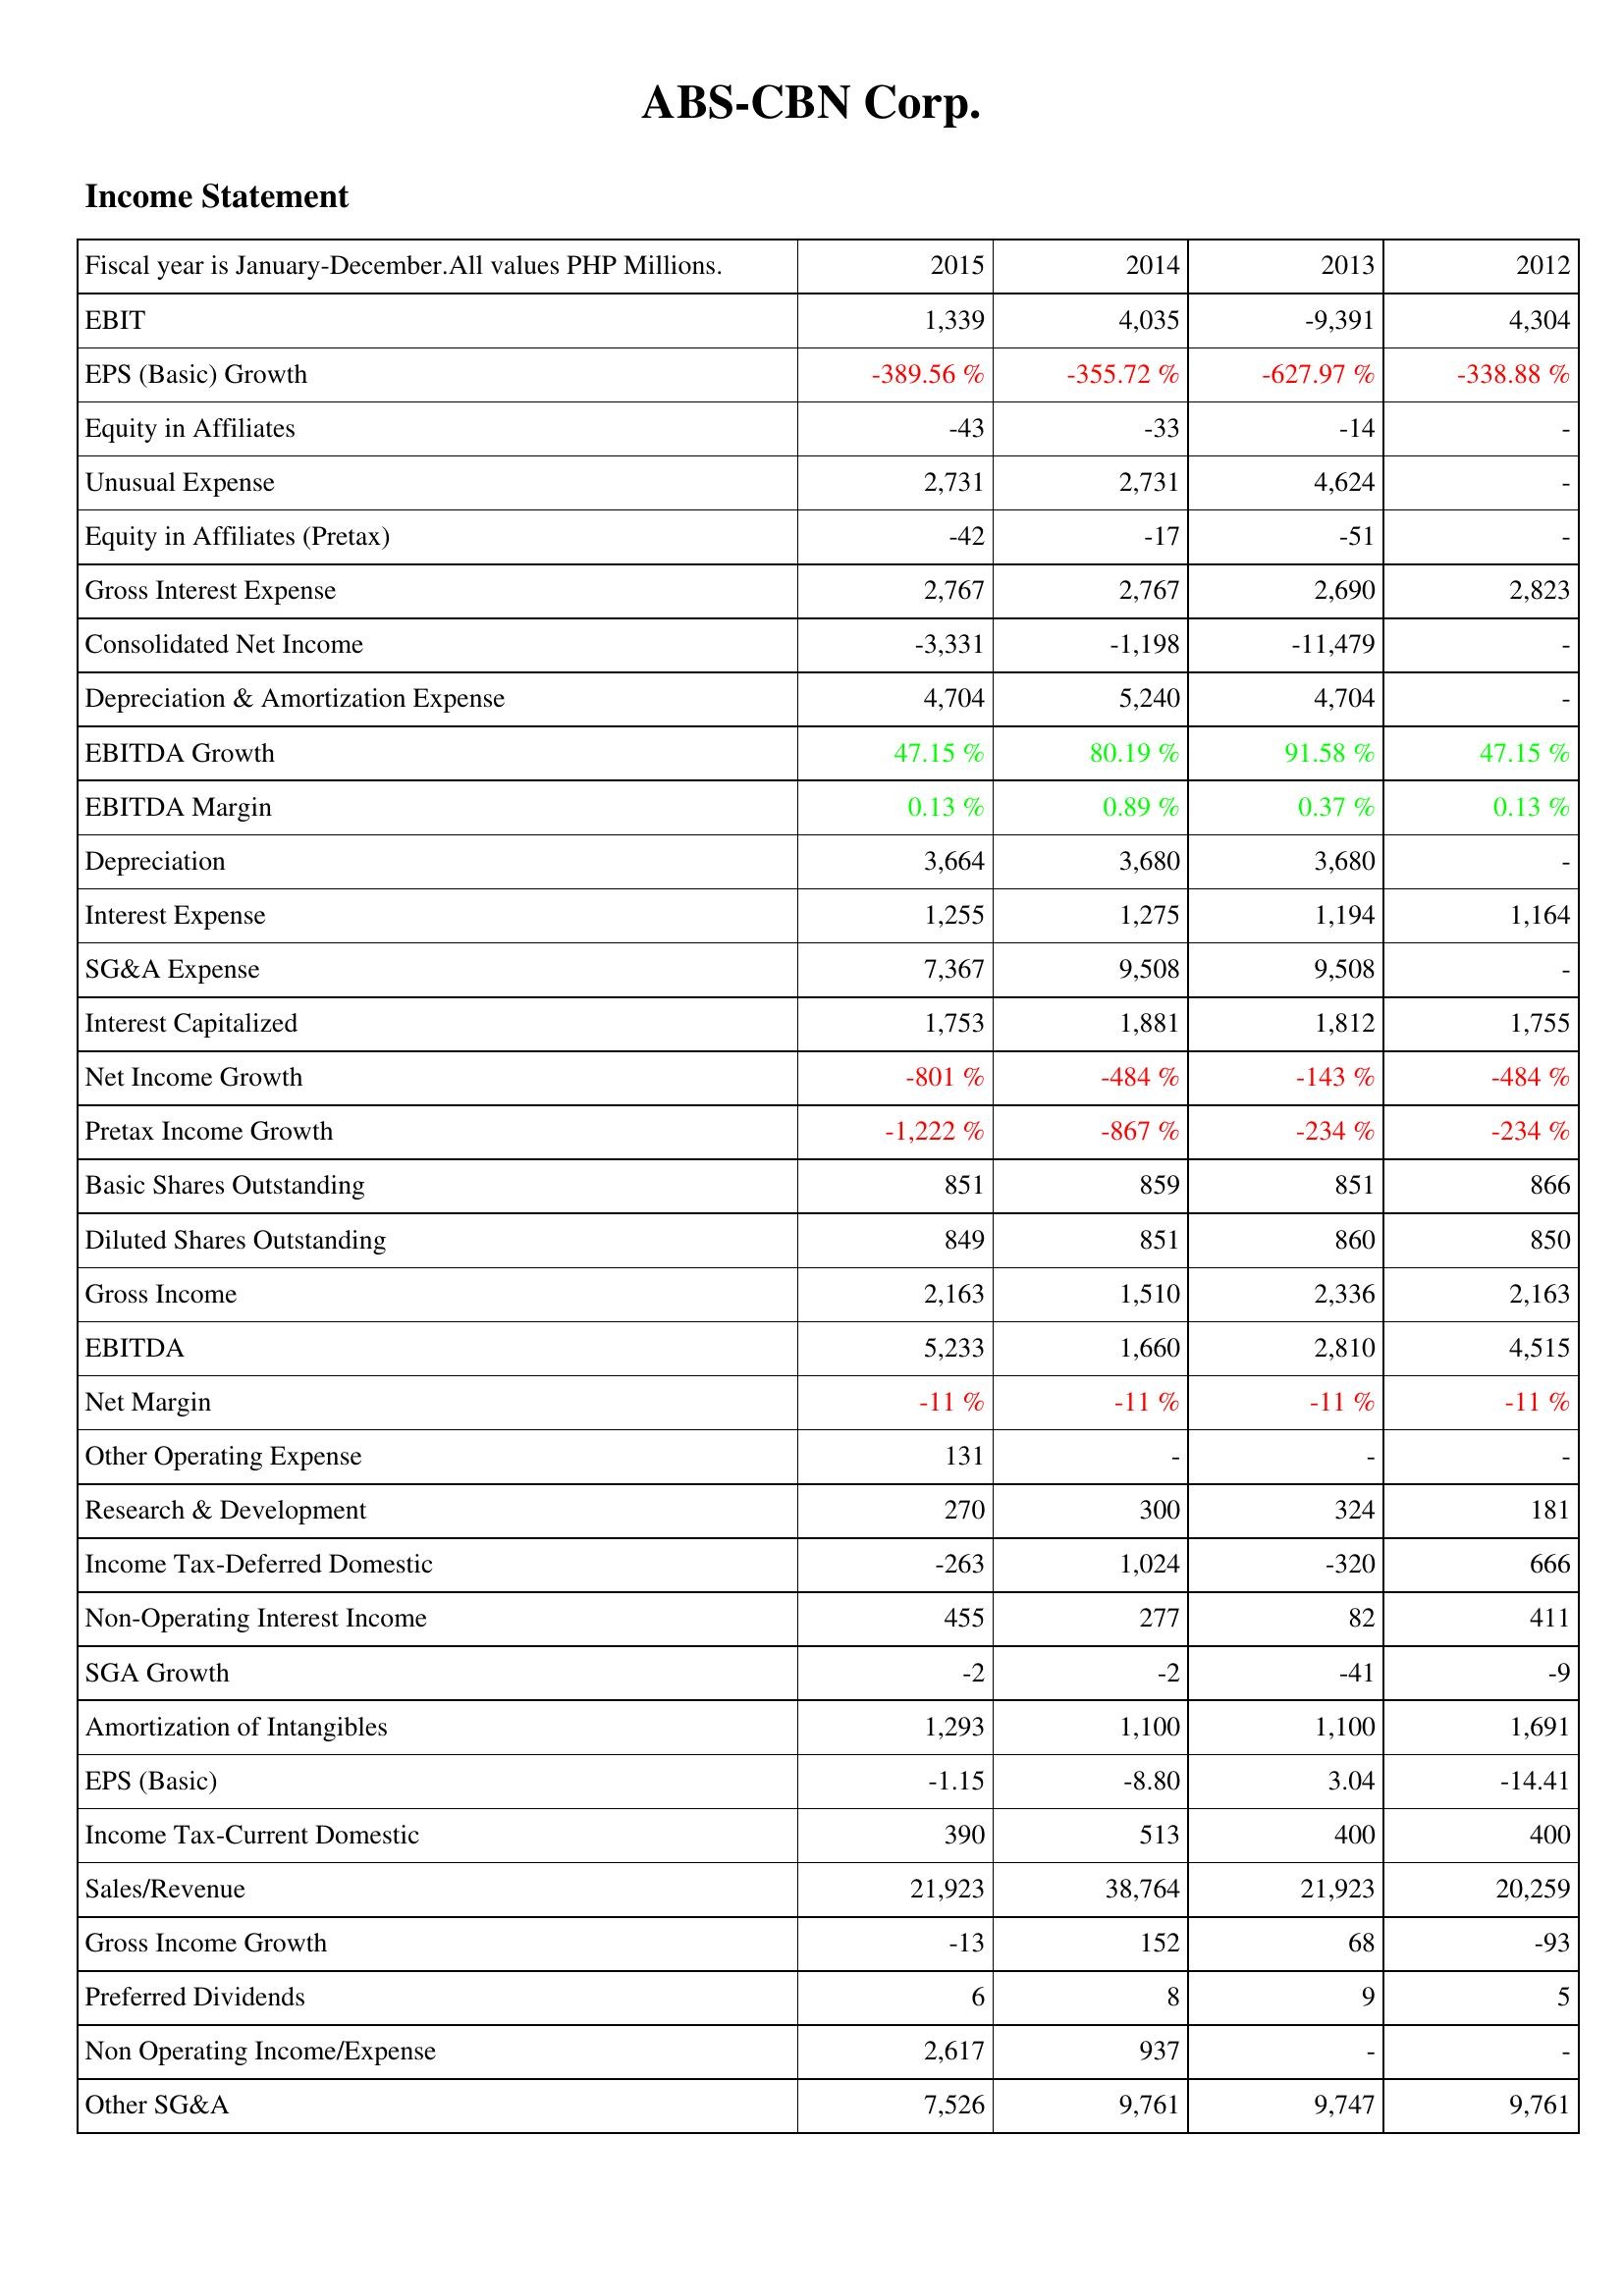
2015: Income Statement: EBIT: 1,339
EPS (Basic) Growth: -389.56 %
Equity in Affiliates: -43
Unusual Expense: 2,731
Equity in Affiliates (Pretax): -42
Gross Interest Expense: 2,767
Consolidated Net Income: -3,331
Depreciation & Amortization Expense: 4,704
EBITDA Growth: 47.15 %
EBITDA Margin: 0.13 %
Depreciation: 3,664
Interest Expense: 1,255
SG&A Expense: 7,367
Interest Capitalized: 1,753
Net Income Growth: -801 %
Pretax Income Growth: -1,222 %
Basic Shares Outstanding: 851
Diluted Shares Outstanding: 849
Gross Income: 2,163
EBITDA: 5,233
Net Margin: -11 %
Other Operating Expense: 131
Research & Development: 270
Income Tax-Deferred Domestic: -263
Non-Operating Interest Income: 455
SGA Growth: -2
Amortization of Intangibles: 1,293
EPS (Basic): -1.15
Income Tax-Current Domestic: 390
Sales/Revenue: 21,923
Gross Income Growth: -13
Preferred Dividends: 6
Non Operating Income/Expense: 2,617
Other SG&A: 7,526
2014: Income Statement: EBIT: 4,035
EPS (Basic) Growth: -355.72 %
Equity in Affiliates: -33
Unusual Expense: 2,731
Equity in Affiliates (Pretax): -17
Gross Interest Expense: 2,767
Consolidated Net Income: -1,198
Depreciation & Amortization Expense: 5,240
EBITDA Growth: 80.19 %
EBITDA Margin: 0.89 %
Depreciation: 3,680
Interest Expense: 1,275
SG&A Expense: 9,508
Interest Capitalized: 1,881
Net Income Growth: -484 %
Pretax Income Growth: -867 %
Basic Shares Outstanding: 859
Diluted Shares Outstanding: 851
Gross Income: 1,510
EBITDA: 1,660
Net Margin: -11 %
Other Operating Expense: -
Research & Development: 300
Income Tax-Deferred Domestic: 1,024
Non-Operating Interest Income: 277
SGA Growth: -2
Amortization of Intangibles: 1,100
EPS (Basic): -8.80
Income Tax-Current Domestic: 513
Sales/Revenue: 38,764
Gross Income Growth: 152
Preferred Dividends: 8
Non Operating Income/Expense: 937
Other SG&A: 9,761
2013: Income Statement: EBIT: -9,391
EPS (Basic) Growth: -627.97 %
Equity in Affiliates: -14
Unusual Expense: 4,624
Equity in Affiliates (Pretax): -51
Gross Interest Expense: 2,690
Consolidated Net Income: -11,479
Depreciation & Amortization Expense: 4,704
EBITDA Growth: 91.58 %
EBITDA Margin: 0.37 %
Depreciation: 3,680
Interest Expense: 1,194
SG&A Expense: 9,508
Interest Capitalized: 1,812
Net Income Growth: -143 %
Pretax Income Growth: -234 %
Basic Shares Outstanding: 851
Diluted Shares Outstanding: 860
Gross Income: 2,336
EBITDA: 2,810
Net Margin: -11 %
Other Operating Expense: -
Research & Development: 324
Income Tax-Deferred Domestic: -320
Non-Operating Interest Income: 82
SGA Growth: -41
Amortization of Intangibles: 1,100
EPS (Basic): 3.04
Income Tax-Current Domestic: 400
Sales/Revenue: 21,923
Gross Income Growth: 68
Preferred Dividends: 9
Non Operating Income/Expense: -
Other SG&A: 9,747
2012: Income Statement: EBIT: 4,304
EPS (Basic) Growth: -338.88 %
Equity in Affiliates: -
Unusual Expense: -
Equity in Affiliates (Pretax): -
Gross Interest Expense: 2,823
Consolidated Net Income: -
Depreciation & Amortization Expense: -
EBITDA Growth: 47.15 %
EBITDA Margin: 0.13 %
Depreciation: -
Interest Expense: 1,164
SG&A Expense: -
Interest Capitalized: 1,755
Net Income Growth: -484 %
Pretax Income Growth: -234 %
Basic Shares Outstanding: 866
Diluted Shares Outstanding: 850
Gross Income: 2,163
EBITDA: 4,515
Net Margin: -11 %
Other Operating Expense: -
Research & Development: 181
Income Tax-Deferred Domestic: 666
Non-Operating Interest Income: 411
SGA Growth: -9
Amortization of Intangibles: 1,691
EPS (Basic): -14.41
Income Tax-Current Domestic: 400
Sales/Revenue: 20,259
Gross Income Growth: -93
Preferred Dividends: 5
Non Operating Income/Expense: -
Other SG&A: 9,761